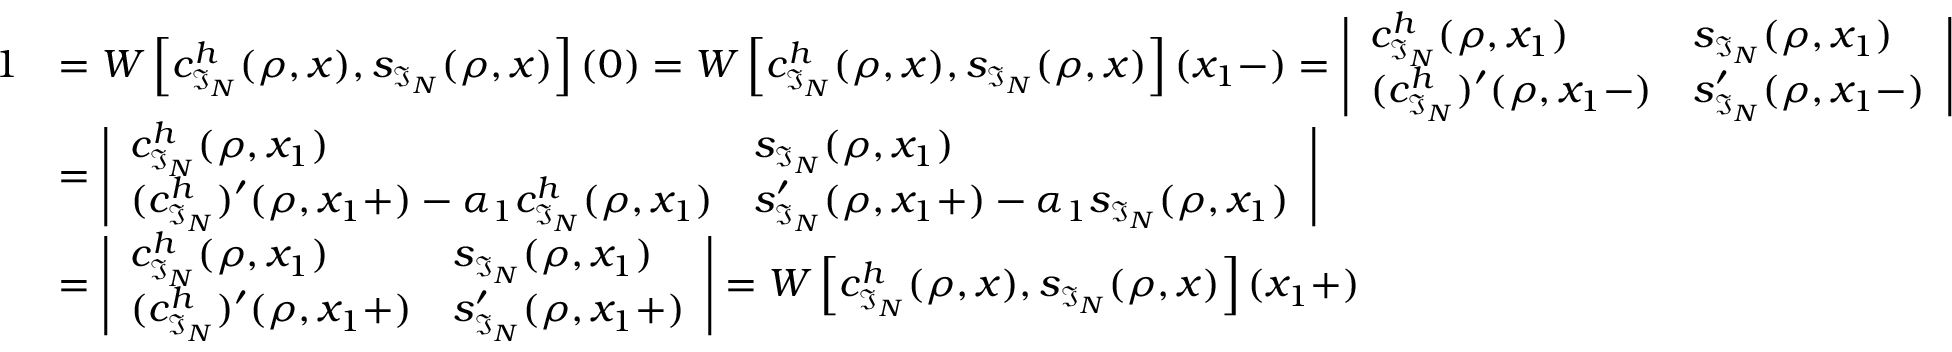
\begin{array} { r l } { 1 } & { = W \left[ c _ { \mathfrak { I } _ { N } } ^ { h } ( \rho , x ) , s _ { \mathfrak { I } _ { N } } ( \rho , x ) \right] ( 0 ) = W \left[ c _ { \mathfrak { I } _ { N } } ^ { h } ( \rho , x ) , s _ { \mathfrak { I } _ { N } } ( \rho , x ) \right] ( x _ { 1 } - ) = \left| \begin{array} { l l } { c _ { \mathfrak { I } _ { N } } ^ { h } ( \rho , x _ { 1 } ) } & { s _ { \mathfrak { I } _ { N } } ( \rho , x _ { 1 } ) } \\ { ( c _ { \mathfrak { I } _ { N } } ^ { h } ) ^ { \prime } ( \rho , x _ { 1 } - ) } & { s _ { \mathfrak { I } _ { N } } ^ { \prime } ( \rho , x _ { 1 } - ) } \end{array} \right| } \\ & { = \left| \begin{array} { l l } { c _ { \mathfrak { I } _ { N } } ^ { h } ( \rho , x _ { 1 } ) } & { s _ { \mathfrak { I } _ { N } } ( \rho , x _ { 1 } ) } \\ { ( c _ { \mathfrak { I } _ { N } } ^ { h } ) ^ { \prime } ( \rho , x _ { 1 } + ) - \alpha _ { 1 } c _ { \mathfrak { I } _ { N } } ^ { h } ( \rho , x _ { 1 } ) } & { s _ { \mathfrak { I } _ { N } } ^ { \prime } ( \rho , x _ { 1 } + ) - \alpha _ { 1 } s _ { \mathfrak { I } _ { N } } ( \rho , x _ { 1 } ) } \end{array} \right| } \\ & { = \left| \begin{array} { l l } { c _ { \mathfrak { I } _ { N } } ^ { h } ( \rho , x _ { 1 } ) } & { s _ { \mathfrak { I } _ { N } } ( \rho , x _ { 1 } ) } \\ { ( c _ { \mathfrak { I } _ { N } } ^ { h } ) ^ { \prime } ( \rho , x _ { 1 } + ) } & { s _ { \mathfrak { I } _ { N } } ^ { \prime } ( \rho , x _ { 1 } + ) } \end{array} \right| = W \left[ c _ { \mathfrak { I } _ { N } } ^ { h } ( \rho , x ) , s _ { \mathfrak { I } _ { N } } ( \rho , x ) \right] ( x _ { 1 } + ) } \end{array}